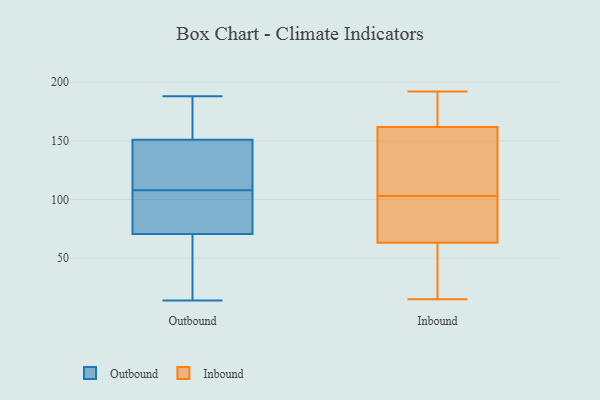
{"axis": {"x": "Population (Million)", "y": "Value"}, "legend": ["Inbound", "Outbound"], "data": [{"x": "", "y": 112, "type": "Outbound"}, {"x": "", "y": 48, "type": "Outbound"}, {"x": "", "y": 39, "type": "Outbound"}, {"x": "", "y": 188, "type": "Outbound"}, {"x": "", "y": 172, "type": "Outbound"}, {"x": "", "y": 171, "type": "Outbound"}, {"x": "", "y": 60, "type": "Outbound"}, {"x": "", "y": 153, "type": "Outbound"}, {"x": "", "y": 14, "type": "Outbound"}, {"x": "", "y": 81, "type": "Outbound"}, {"x": "", "y": 149, "type": "Outbound"}, {"x": "", "y": 137, "type": "Outbound"}, {"x": "", "y": 104, "type": "Outbound"}, {"x": "", "y": 86, "type": "Outbound"}, {"x": "", "y": 126, "type": "Outbound"}, {"x": "", "y": 90, "type": "Outbound"}, {"x": "", "y": 134, "type": "Inbound"}, {"x": "", "y": 130, "type": "Inbound"}, {"x": "", "y": 15, "type": "Inbound"}, {"x": "", "y": 192, "type": "Inbound"}, {"x": "", "y": 95, "type": "Inbound"}, {"x": "", "y": 51, "type": "Inbound"}, {"x": "", "y": 88, "type": "Inbound"}, {"x": "", "y": 57, "type": "Inbound"}, {"x": "", "y": 178, "type": "Inbound"}, {"x": "", "y": 47, "type": "Inbound"}, {"x": "", "y": 103, "type": "Inbound"}, {"x": "", "y": 82, "type": "Inbound"}, {"x": "", "y": 162, "type": "Inbound"}, {"x": "", "y": 161, "type": "Inbound"}, {"x": "", "y": 177, "type": "Inbound"}]}